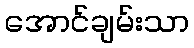
အောင်ချမ်းသာ